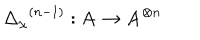
{ { \Delta } _ { \chi } } ^ { ( n - 1 ) } : \mathbf { A } \rightarrow { \mathbf { A } } ^ { \otimes n }